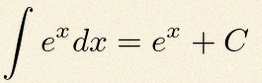
\int e^x dx=e^x+C